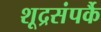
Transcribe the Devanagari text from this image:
शूद्रसंपर्कै